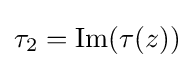
\tau _{2}=\operatorname {Im} (\tau (z))